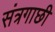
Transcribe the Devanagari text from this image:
संत्रगाछी